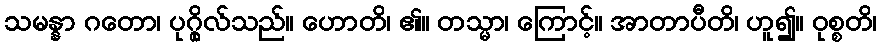
သမန္နာ ဂတော၊ ပုဂ္ဂိုလ်သည်။ ဟောတိ၊ ၏။ တသ္မာ၊ ကြောင့်။ အာတာပီတိ၊ ဟူ၍။ ဝုစ္စတိ၊